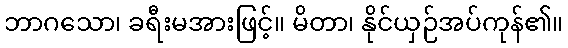
ဘာဂသော၊ ခရီးမအားဖြင့်။ မိတာ၊ နိုင်ယှဉ်အပ်ကုန်၏။